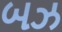
બઝ